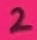
Text: 2